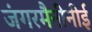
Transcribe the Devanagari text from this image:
जंगरमैनीनीई